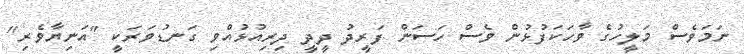
ނަމަވެސް މަލީހުގެ ވާހަކަފުޅުން ވެސް ހަސަން ފަރީދު ދީދީ ދިރިއުޅުއްވި ގަނޑުވަރަކީ "އަނިޔާވެރި"